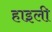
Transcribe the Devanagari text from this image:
हाइली